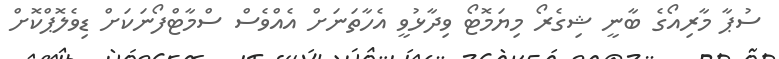
ސުޕާ މާރިއޯގެ ބާނީ ޝިގެރޯ މިޔަމޮޓޯ ވިދާޅުވީ އެހާތަނަށް އެއްވެސް ސްމާޓްފޯނަކަށް ޑިވެލޮޕްކޮށް